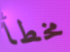
مخطأ